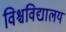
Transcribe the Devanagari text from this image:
विश्चविद्यालय